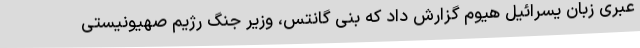
عبری زبان یسرائیل هیوم گزارش داد که بنی گانتس، وزیر جنگ رژیم صهیونیستی